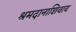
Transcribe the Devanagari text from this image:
श्रमदानाशिवाय